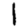
Digit: 1